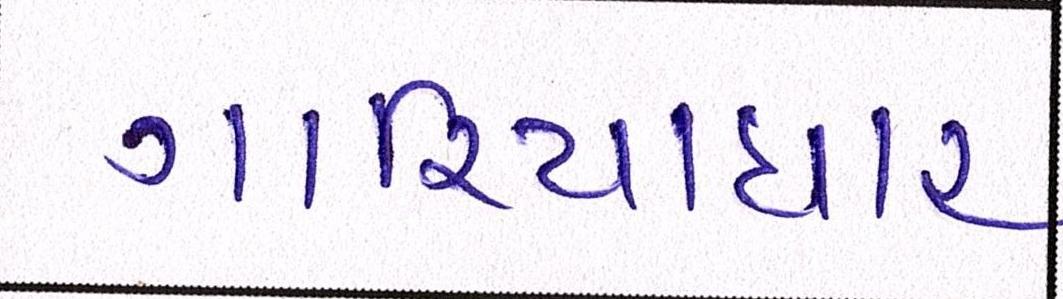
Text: ગારિયાધાર